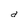
Character: d